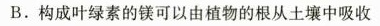
B.构成叶绿素的镁可以由植物的根从土壤中吸收